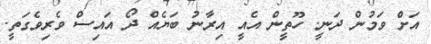
އަށް ވަމުން ދަނީ. ހޫތީން އެއީ އިރާނު ބަޔެއް ދޯ އައިސް ވެރިވެގަތީ.